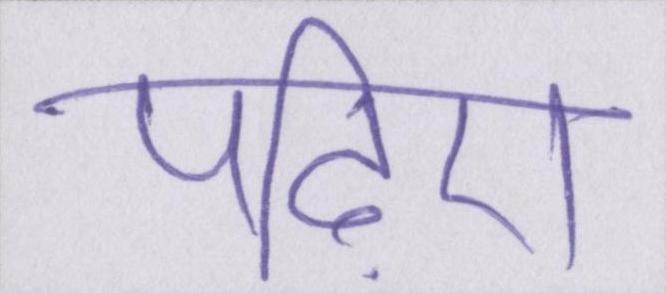
पढ़िए